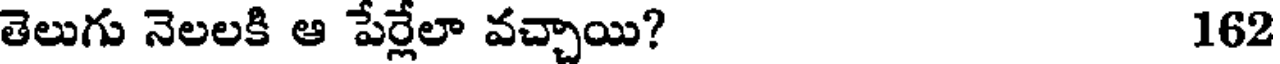
తెలుగు నెలలకి ఆ పేర్లేలా వచ్చాయి? 162